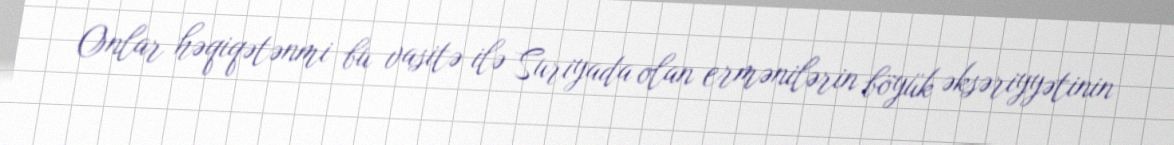
Onlar həqiqətənmi bu vasitə ilə Suriyada olan ermənilərin böyük əksəriyyətinin